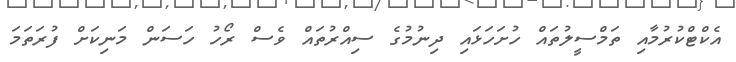
އެކްޓްކުރުމާއި ތަމްސީލުތައް ހުށަހަޅައި ދިނުމުގެ ސިއްރުތައް ވެސް ރޯހު ހަސަން މަނިކަށް ފުރަތަމަ